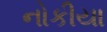
નોકીયા